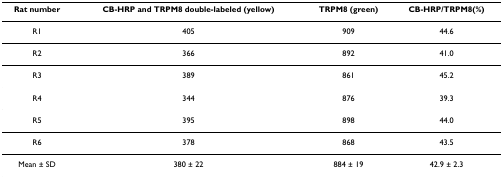
<table><thead><tr><td><b>Rat number</b></td><td><b>CB-HRP and TRPM8 double-labeled (yellow)</b></td><td><b>TRPM8 (green)</b></td><td><b>CB-HRP/TRPM8(%)</b></td></tr></thead><tbody><tr><td>R1</td><td>405</td><td>909</td><td>44.6</td></tr><tr><td>R2</td><td>366</td><td>892</td><td>41.0</td></tr><tr><td>R3</td><td>389</td><td>861</td><td>45.2</td></tr><tr><td>R4</td><td>344</td><td>876</td><td>39.3</td></tr><tr><td>R5</td><td>395</td><td>898</td><td>44.0</td></tr><tr><td>R6</td><td>378</td><td>868</td><td>43.5</td></tr><tr><td>Mean ± SD</td><td>380 ± 22</td><td>884 ± 19</td><td>42.9 ± 2.3</td></tr></tbody></table>